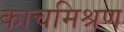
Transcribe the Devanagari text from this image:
काचमिश्रण